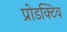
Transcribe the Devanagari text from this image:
प्रोडक्टिव